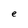
Character: e